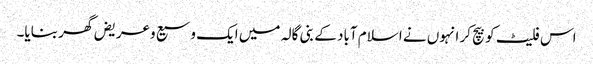
اس فلیٹ کو بیچ کر انہوں نے اسلام آباد کے بنی گالہ میں ایک وسیع وعریض گھر بنایا۔